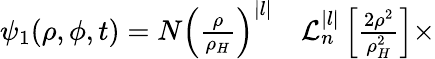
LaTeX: \begin{array}{rl}{\psi_{1}(\rho,\phi,t)=N\left(\frac{\rho}{\rho_{H}}\right)^{|l|}}&{{}\mathcal{L}_{n}^{|l|}\left[\frac{2\rho^{2}}{\rho_{H}^{2}}\right]\times}\end{array}